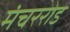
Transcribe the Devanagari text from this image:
मंचररोड